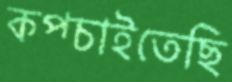
কপ্‌চাইতেছি